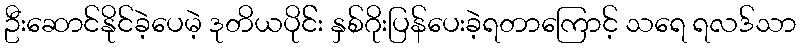
ဦးဆောင်နိုင်ခဲ့ပေမဲ့ ဒုတိယပိုင််း နှစ်ဂိုးပြန်ပေးခဲ့ရတာကြောင့် သရေ ရလဒ်သာ